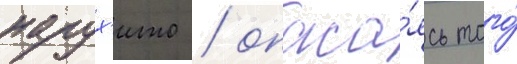
нарух'ито / опаса́ясь того́